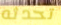
تحدثه